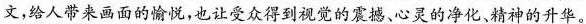
文，给人带来画面的愉悦，也让受众得到视觉的震撼、心灵的净化、精神的升华。